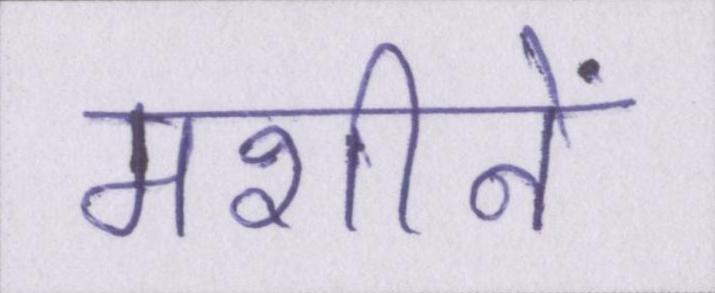
मशीनें